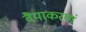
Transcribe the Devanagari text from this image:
वैयाकरणं